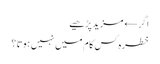
اگر← مزید پڑھیے
خطرہ کس کام میں نہیں ہوتا ؟